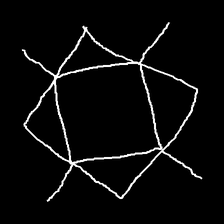
Glyph: light